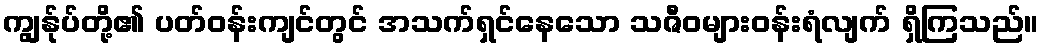
ကျွန်ုပ်တို့၏ ပတ်ဝန်းကျင်တွင် အသက်ရှင်နေသော သဇီဝများဝန်းရံလျက် ရှိကြသည်။